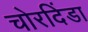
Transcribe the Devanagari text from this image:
चोरदिंडा